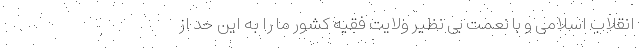
انقلاب اسلامی و با نعمت بی نظیر ولایت فقیه کشور ما را به این حد از